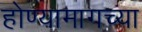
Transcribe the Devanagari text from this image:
होण्यामागच्या